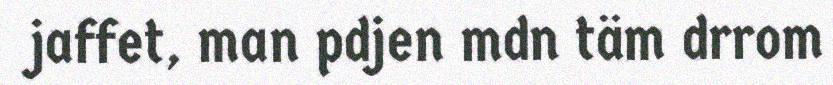
jaffet, man pdjen mdn täm drrom